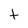
Character: t